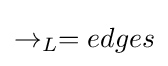
\rightarrow _{L}=edges